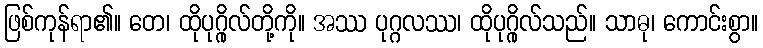
ဖြစ်ကုန်ရာ၏။ တေ၊ ထိုပုဂ္ဂိုလ်တို့ကို။ အဿ ပုဂ္ဂလဿ၊ ထိုပုဂ္ဂိုလ်သည်။ သာဓု၊ ကောင်းစွာ။